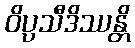
ဝိပ္ပသီဒိဿန္တိ